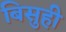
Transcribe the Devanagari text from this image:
बिसुही